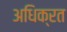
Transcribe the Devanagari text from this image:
अधिक्रत